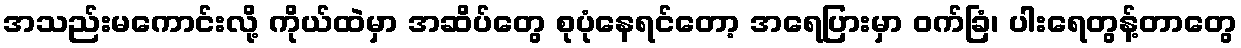
အသည်းမကောင်းလို့ ကိုယ်ထဲမှာ အဆိပ်တွေ စုပုံနေရင်တော့ အရေပြားမှာ ဝက်ခြံ၊ ပါးရေတွန့်တာတွေ